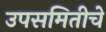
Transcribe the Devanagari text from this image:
उपसमितीचे